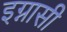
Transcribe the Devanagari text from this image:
इग्नासी